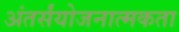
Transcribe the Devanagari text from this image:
अंतर्संयोजनात्मकता